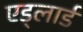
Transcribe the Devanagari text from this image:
एड्लार्ड